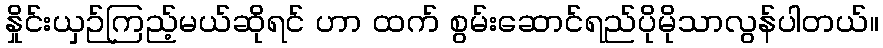
နှိုင်းယှဉ်ကြည့်မယ်ဆိုရင် ဟာ ထက် စွမ်းဆောင်ရည်ပိုမိုသာလွန်ပါတယ်။